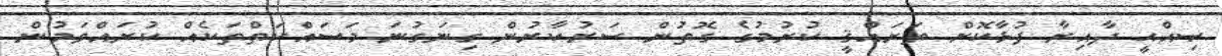
ޞިއްޙީ ދާއިރާ ފުޅާކޮށް ތަރައްޤީ ކުރުމުގެ ގޮތުން ސަރުކާރުން ގިނަގުނަ މަސައްކަތްތަކެއް ކުރައްވަމުން